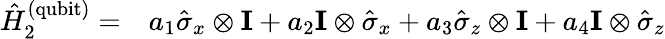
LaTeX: \begin{array}{rl}{\hat{H}_{2}^{\mathrm{(qubit)}}=}&{{}a_{1}\hat{\sigma}_{x}\otimes\mathbf{I}+a_{2}\mathbf{I}\otimes\hat{\sigma}_{x}+a_{3}\hat{\sigma}_{z}\otimes\mathbf{I}+a_{4}\mathbf{I}\otimes\hat{\sigma}_{z}}\end{array}